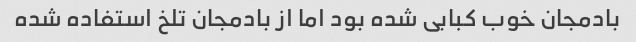
بادمجان خوب کبابی شده بود اما از بادمجان تلخ استفاده شده